Indian journal of veterinary science and animal husbandry - Volumes 18-21, 1948-1951
Year: 1948
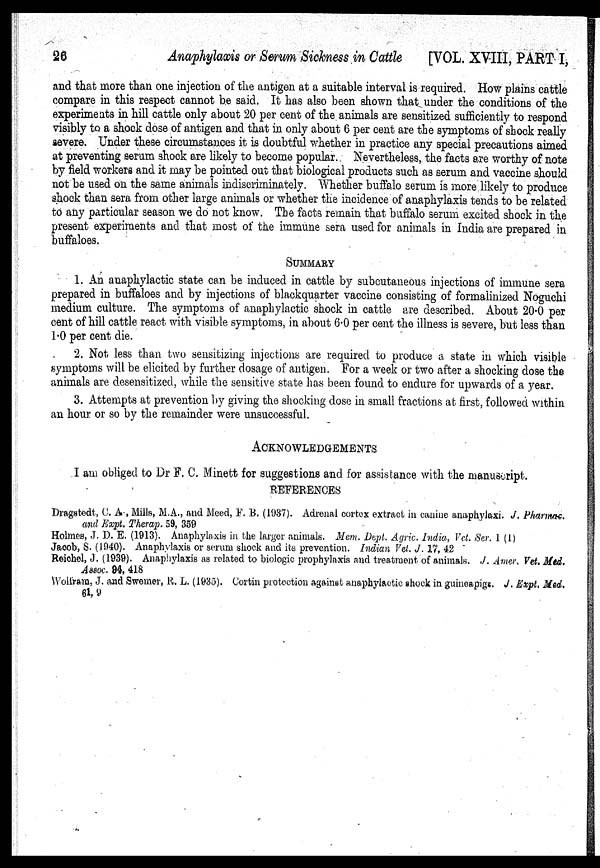
26
Anaphylaxis or Serum Sickness in Cattle
[VOL. XVIII, PART I,
and that more than one injection of the antigen at a suitable interval is required. How plains cattle
compare in this respect cannot be said. It has also been shown that under the conditions of the
experiments in hill cattle only about 20 per cent of the animals are sensitized sufficiently to respond
visibly to a shock dose of antigen and that in only about 6 per cent are the symptoms of shock really
severe. Under these circumstances it is doubtful whether in practice any special precautions aimed
at preventing serum shock are likely to become popular. Nevertheless, the facts are worthy of note
by field workers and it may be pointed out that biological products such as serum and vaccine should
not be used on the same animals indiscriminately. Whether buffalo serum is more likely to produce
shock than sera from other large animals or whether the incidence of anaphylaxis tends to be related
to any particular season we do not know. The facts remain that buffalo serum excited shock in the
present experiments and that most of the immune sera used for animals in India are prepared in
buffaloes.
SUMMARY
1. An anaphylactic state can be induced in cattle by subcutaneous injections of immune sera
prepared in buffaloes and by injections of blackquarter vaccine consisting of formalinized Noguchi
medium culture. The symptoms of anaphylactic shock in cattle are described. About 20.0 per
cent of hill cattle react with visible symptoms, in about 6.0 per cent the illness is severe, but less than
1.0 per cent die.
2. Not less than two sensitizing injections are required to produce a state in which visible
symptoms will be elicited by further dosage of antigen. For a week or two after a shocking dose the
animals are desensitized, while the sensitive state has been found to endure for upwards of a year.
3. Attempts at prevention by giving the shocking dose in small fractions at first, followed within
an hour or so by the remainder were unsuccessful.
ACKNOWLEDGEMENTS
I am obliged to Dr F. C. Minett for suggestions and for assistance with the manuscript.
REFERENCES
Dragstedt, C. A , Mills, M.A., and Meed, F. B. (.1937). Adrenal cortex extract in canine anaphylaxi. J. Pharmac.
and Expt. Therap. 59, 359
Holmes, J. D. E. (1913). Anaphylaxis in the larger animals. Mem. Dept. Agric. India, Vet. Ser. 1 (1)
Jacob, S. (1940). Anaphylaxis or serum shock and its prevention. Indian Vet. J. 17, 42
Reichel, J. (1939). Anaphylaxis as related to biologic prophylaxis and treatment of animals. J. Amer. Vet. Med.
Assoc. 94, 418
Wolfram, J. and Swemer, R. L. (1935). Cortin protection against anaphylactic shock in guineapigs. J. Expt. Med.
61, 9